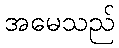
အမေသည်